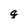
Character: g